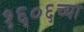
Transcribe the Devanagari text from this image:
१६०६च्या